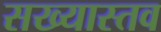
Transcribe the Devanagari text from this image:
सख्यास्तव